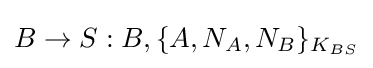
B\rightarrow S:B,\{A,N_{A},N_{B}\}_{K_{BS}}